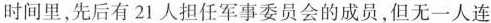
时间里，先后有21人担任军事委员会的成员，但无一人连